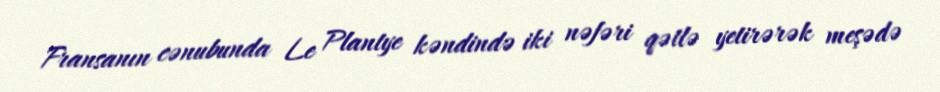
Fransanın cənubunda Le Plantye kəndində iki nəfəri qətlə yetirərək meşədə